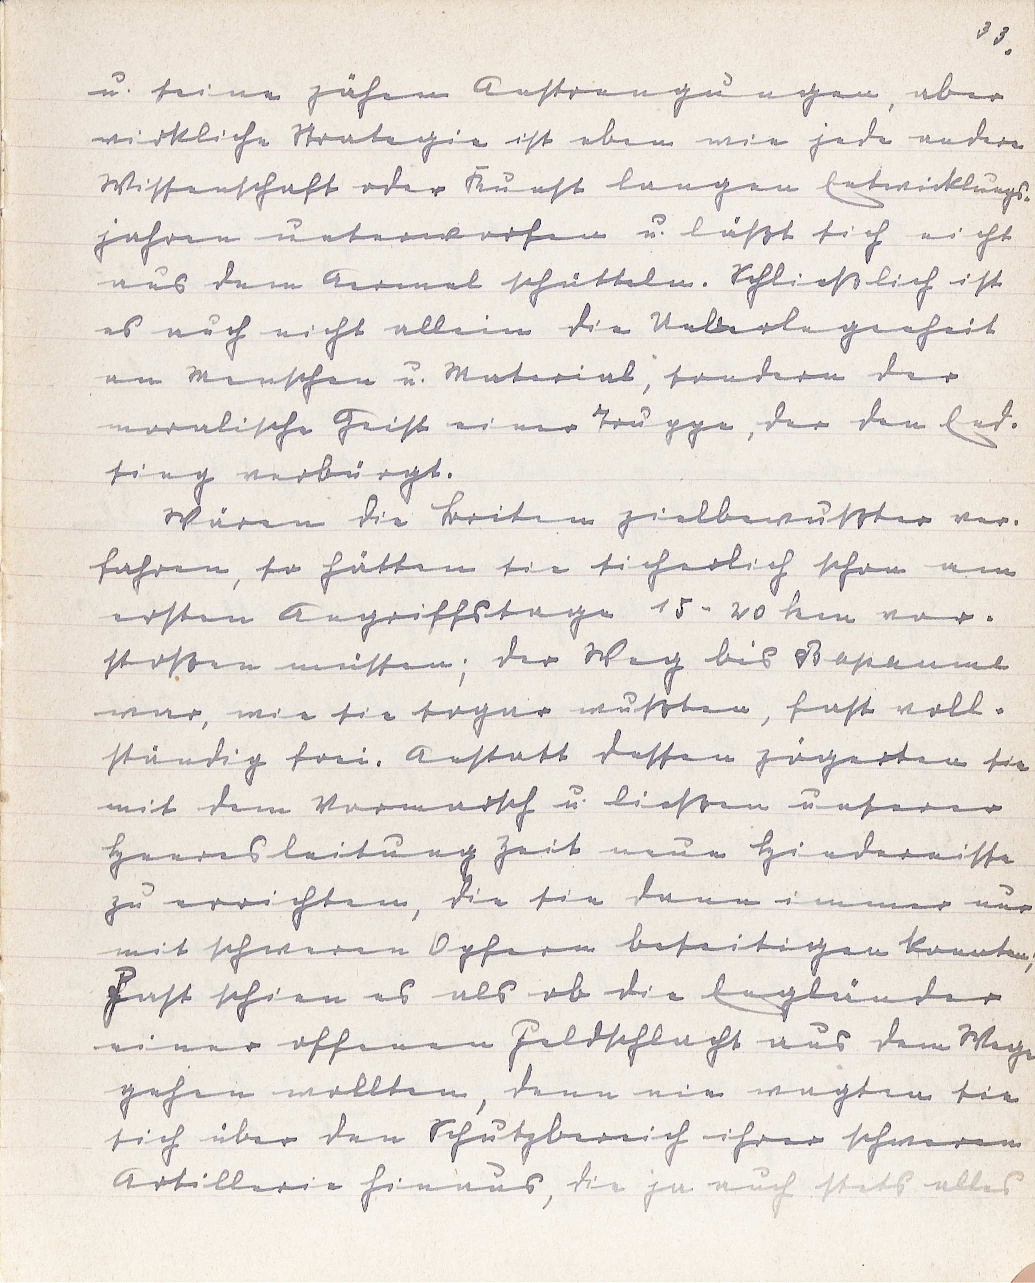
33.
u. seine zähen Anstrengungen, aber
wirkliche Strategie ist eben wie jede andere
Wissenschaft oder Kunst langen Entwicklungs¬
jahren unterworfen u. läßt sich nicht
aus dem Aermel schütteln. Schließlich ist
es auch nicht allein die Ueberlegenheit
an Menschen u. Material, sondern der
moralische Geist einer Truppe, der den End¬
sieg verbürgt.
Wären die Briten zielbewußter ver¬
fahren, so hätten sie sicherlich schon am
ersten Angriffstage 15 - 20 km vor¬
stoßen müssen; der Weg bis Bapaume
war, wie sie sogar wußten, fast voll¬
ständig frei. Anstatt dessen zögerten sie
mit dem Vormarsch u. ließen unserer
Heeresleitung Zeit neue Hindernisse
zu errichten, die sie dann immer nur
mit schweren Opfern beseitigen konnten;
Fast schien es als ob die Engländer
einer offenen Feldschlacht aus dem Wege
gehen wollten, denn nie wagten sie
sich über den Schutzbereich ihrer schweren
Artillerie hinaus, die ja auch stets alles